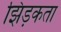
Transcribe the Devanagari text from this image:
झिड़कता